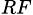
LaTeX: _{RF}